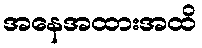
အနေအထားအထိ